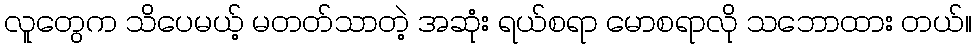
လူတွေက သိပေမယ့် မတတ်သာတဲ့ အဆုံး ရယ်စရာ မောစရာလို သဘောထား တယ်။